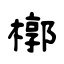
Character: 槨